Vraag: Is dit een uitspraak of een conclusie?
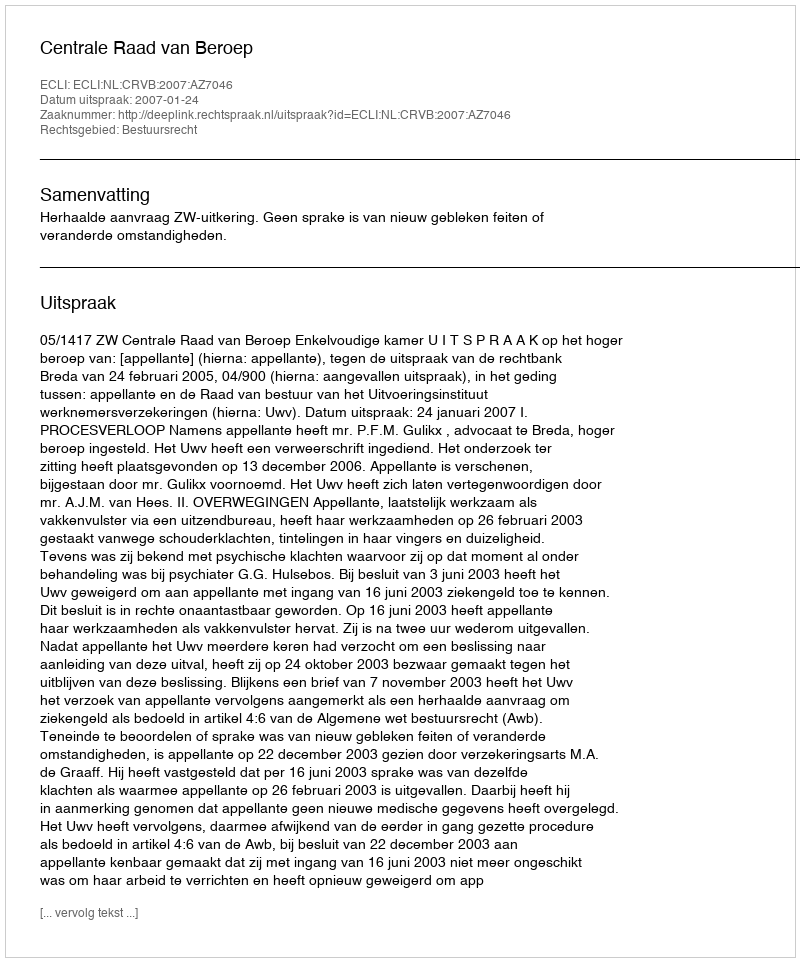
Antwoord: Uitspraak